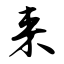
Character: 来